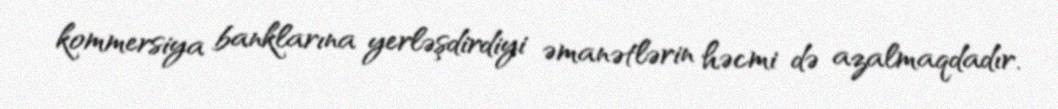
kommersiya banklarına yerləşdirdiyi əmanətlərin həcmi də azalmaqdadır.